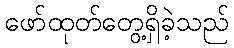
ဖော်ထုတ်တွေ့ရှိခဲ့သည်